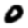
Digit: 0